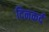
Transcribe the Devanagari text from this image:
दिनकर्द